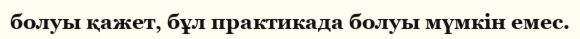
болуы қажет, бұл практикада болуы мүмкін емес.